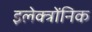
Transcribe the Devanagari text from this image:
इलेक्त्रोंनिक